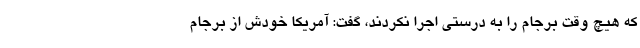
که هیچ وقت برجام را به درستی اجرا نکردند، گفت:‌ آمریکا خودش از برجام